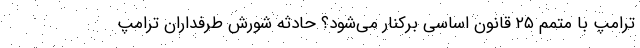
ترامپ با متمم ۲۵ قانون اساسی برکنار می‌شود؟ حادثه شورش طرفداران ترامپ